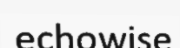
echowise